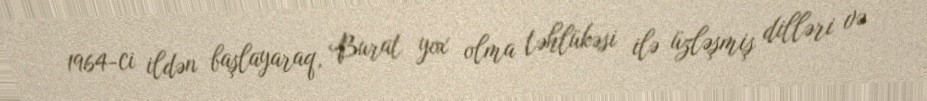
1964-ci ildən başlayaraq, Burat yox olma təhlükəsi ilə üzləşmiş dilləri və